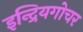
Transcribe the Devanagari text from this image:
इन्द्रियगोचर